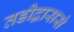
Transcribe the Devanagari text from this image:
तडीद्वाससं